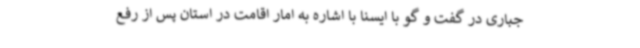
جباری در گفت و گو با ایسنا با اشاره به امار اقامت در استان پس از رفع